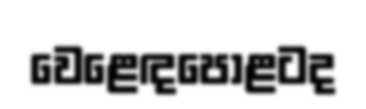
වෙළෙඳපොළටද